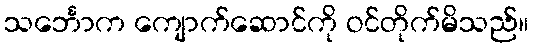
သင်္ဘောက ကျောက်ဆောင်ကို ဝင်တိုက်မိသည်။